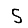
Digit: 5